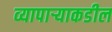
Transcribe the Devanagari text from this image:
व्यापाऱ्याकडील